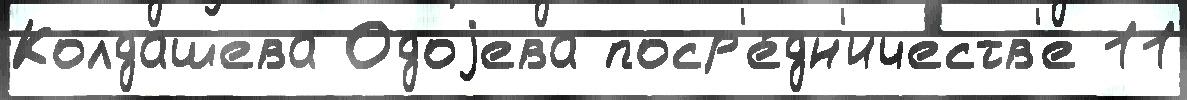
Колдашева Одоjева поср'е́дн'ичеств'е 11